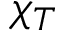
\chi _ { T }